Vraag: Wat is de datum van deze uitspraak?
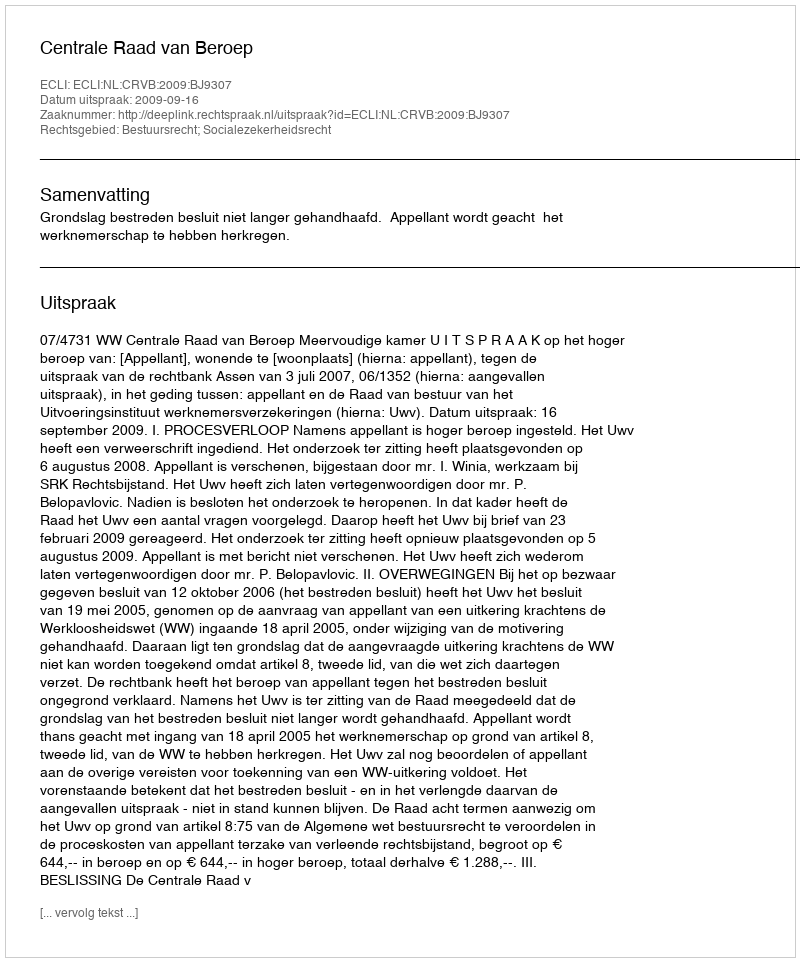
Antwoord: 2009-09-16